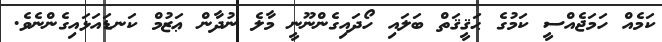
ކަމެއް ހަމަޖެއްސީ ކަމުގެ ޙަޤީޤަތް ބަލައި ހޯދައިގެންނޫނީ މާލެ ނުދާން ޢަޒުމް ކަނޑައަޅައިގެންނެވެ.